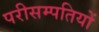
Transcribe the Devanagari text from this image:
परीसम्पतियों